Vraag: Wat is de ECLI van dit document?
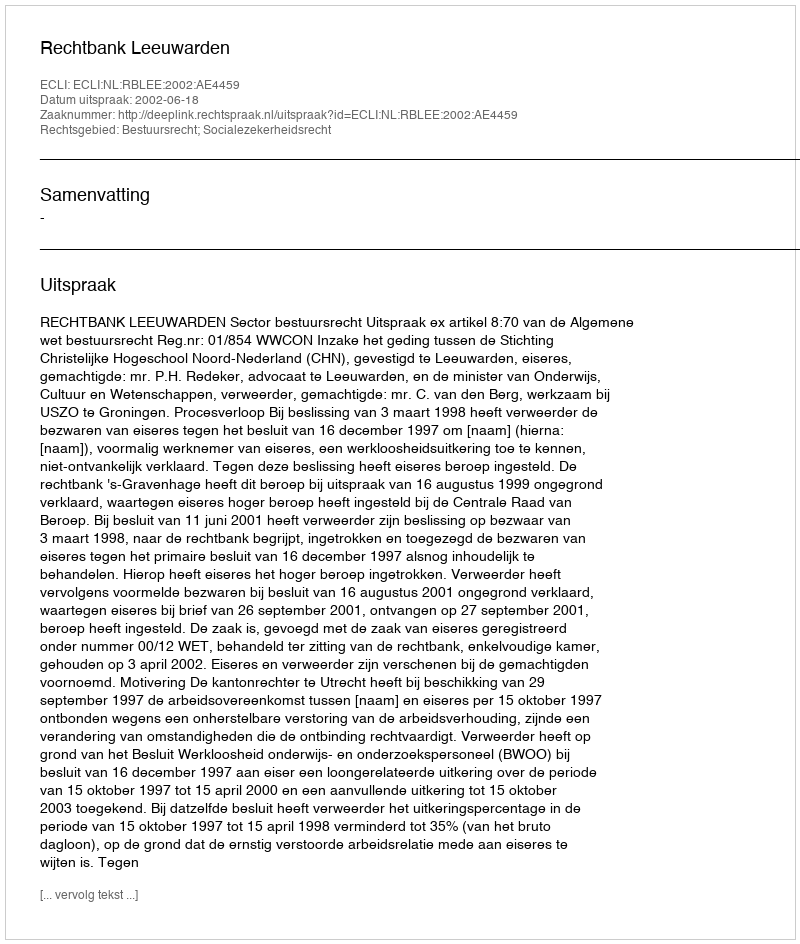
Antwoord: ECLI:NL:RBLEE:2002:AE4459